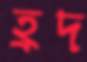
হ্রদ